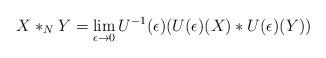
LaTeX: \begin{align*}X *_N Y = \lim_{\epsilon \to 0}U^{-1}(\epsilon) (U(\epsilon)(X) * U(\epsilon)(Y))\end{align*}